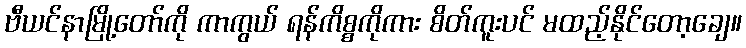
ဗီယင်နာမြို့တော်ကို ကာကွယ် ရန်ကိစ္စကိုကား စိတ်ကူးပင် မထည့်နိုင်တော့ချေ။